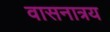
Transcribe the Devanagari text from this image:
वासनात्रय